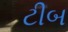
ટીબ